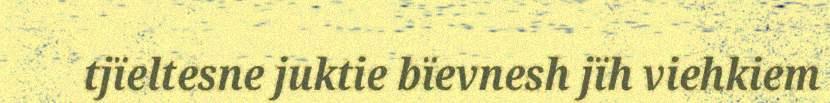
tjïeltesne juktie bïevnesh jïh viehkiem